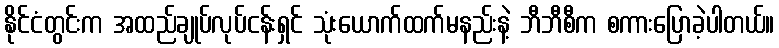
နိုင်ငံတွင်းက အထည်ချုပ်လုပ်ငန်းရှင် သုံးယောက်ထက်မနည်းနဲ့ ဘီဘီစီက စကားပြောခဲ့ပါတယ်။